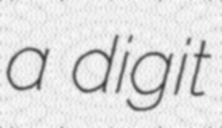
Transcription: a digit